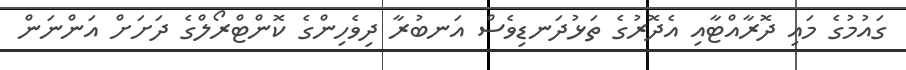
ގައުމުގެ މައި ދޮރާއްޓާއި އެދޮރުގެ ތަޅުދަނޑިވެސް އަނބުރާ ދިވެހިންގެ ކޮންޓްރޯލްގެ ދަށަށް އަންނަން